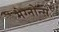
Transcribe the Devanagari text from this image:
मेग्नोन्स